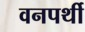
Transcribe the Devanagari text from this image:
वनपर्थी